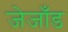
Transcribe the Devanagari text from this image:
जेजाँड